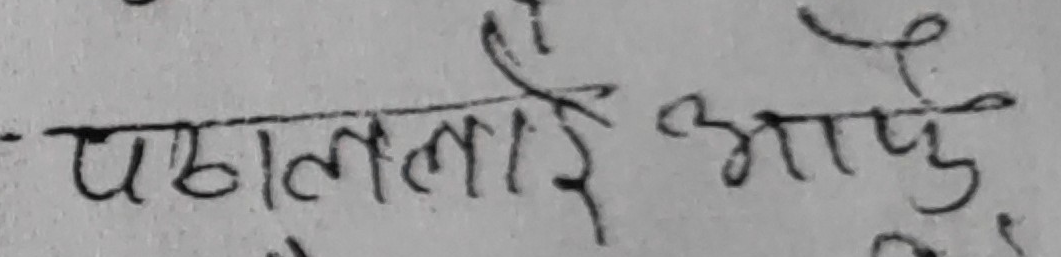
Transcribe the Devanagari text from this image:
पठाउलाई आफु